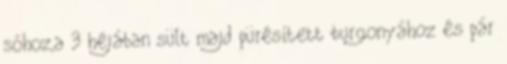
sóhoz,a 3 héjában sült majd pürésített burgonyához és pár